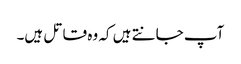
آپ جانتے ہیں کہ وہ قاتل ہیں۔